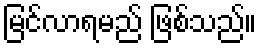
မြင်လာရမည် ဖြစ်သည်။